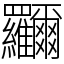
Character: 鿡